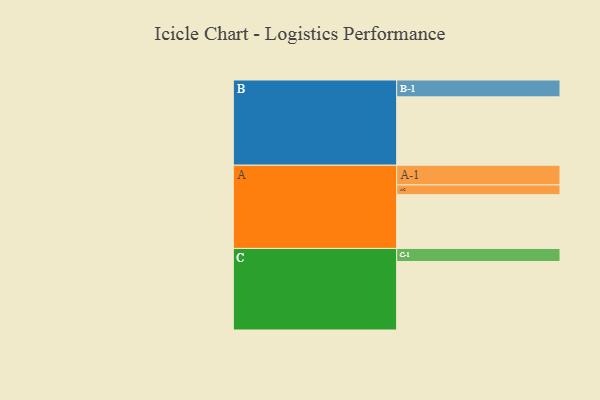
{"axis": {"x": "Segment", "y": "Value"}, "legend": ["", "A", "B", "C"], "data": [{"x": "A", "y": 453, "type": ""}, {"x": "B", "y": 576, "type": ""}, {"x": "C", "y": 577, "type": ""}, {"x": "A-1", "y": 166, "type": "A"}, {"x": "A-2", "y": 82, "type": "A"}, {"x": "B-1", "y": 142, "type": "B"}, {"x": "C-1", "y": 110, "type": "C"}]}